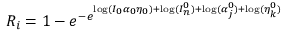
R _ { i } = 1 - e ^ { - e ^ { \mathrm { l o g } ( I _ { 0 } \alpha _ { 0 } \eta _ { 0 } ) + \mathrm { l o g } ( I _ { n } ^ { 0 } ) + \mathrm { l o g } ( \alpha _ { j } ^ { 0 } ) + \mathrm { l o g } ( \eta _ { k } ^ { 0 } ) } }